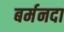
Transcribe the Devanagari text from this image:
बर्मनदा